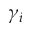
\gamma _ { i }